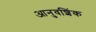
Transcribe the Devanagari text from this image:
आनुवशिंक